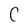
Character: C